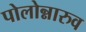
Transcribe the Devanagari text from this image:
पोलोन्नारुव